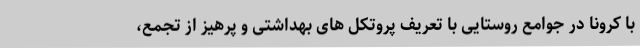
با کرونا در جوامع روستایی با تعریف پروتکل های بهداشتی و پرهیز از تجمع،